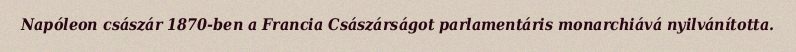
Napóleon császár 1870-ben a Francia Császárságot parlamentáris monarchiává nyilvánította.